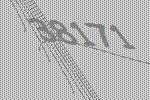
38171